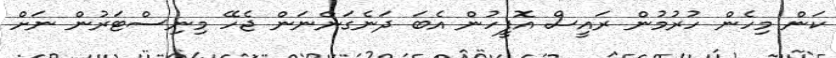
ކަން މިހެން ހުރުމުން ރައީސް އޮފީހުން އެބަ ދަނެގަންނަން ޖެހޭ މިނިސްޓަރުން ނަށް